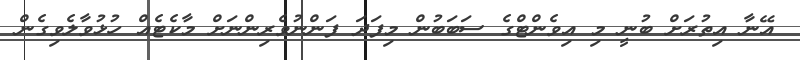
އޭނާ އިތުރަށް ބުނީ މި އިވެންޓްގެ ސަބަބުން މިފަދަ ފަންނުވެރިންނަށް މާކެޓެއް ހުޅުވާލެވިގެން